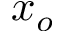
x _ { o }